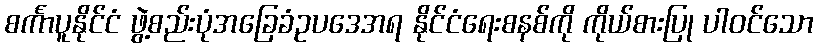
စင်္ကာပူနိုင်ငံ ဖွဲ့စည်းပုံအခြေခံဥပဒေအရ နိုင်ငံရေးစနစ်ကို ကိုယ်စားပြု ပါဝင်သော